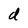
Character: d